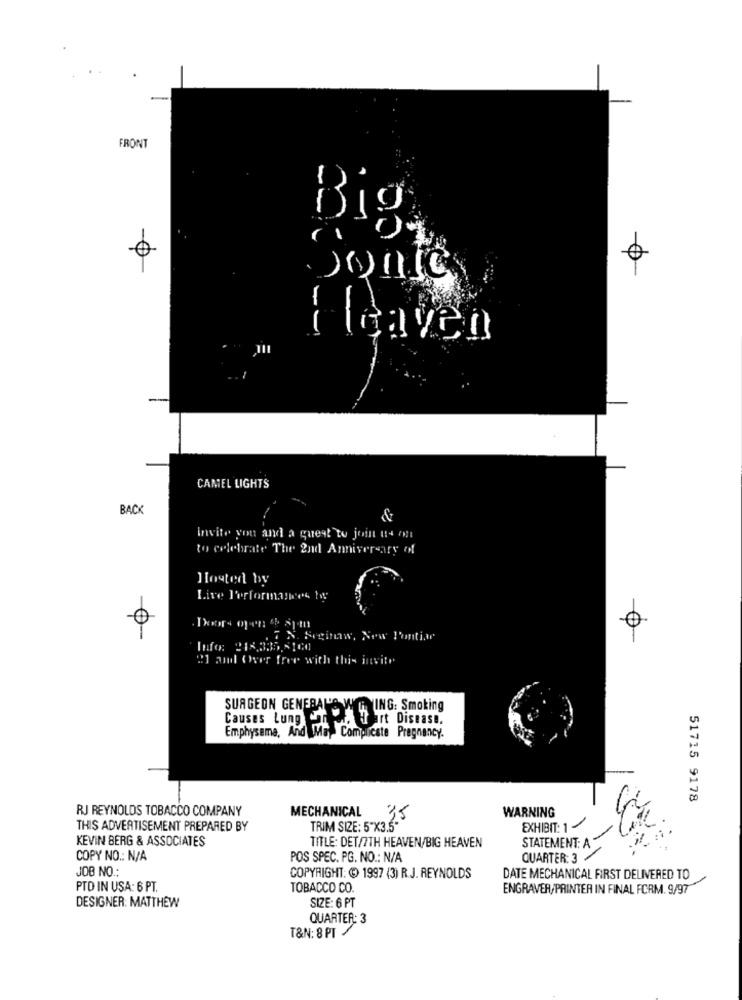
FRONT
1
0
DonIC
i leaven
--
CAMEL LIGHTS
BACK
invite you and a quest to join us on
to celebrate The 2nd Anniversary of
Hosted by
Live Performances by
0
.7 N. Seginaw, New Pontiar
Info: 213,335,5100
21 and Over free with this invite
SURGEON GENERALLO WU
YING: Smoking
Causes Lung
Hurt Disease.
Emphysema, And Ma Complicate Pregnancy.
51715 9178
RJ REYNOLDS TOBACCO COMPANY
MECHANICAL
WARNING
35
THIS ADVERTISEMENT PREPARED BY
TRIM SIZE: 5"X3.5"
EXHIBIT: 1 -
KEVIN BERG & ASSOCIATES
TITLE: DET/7TH HEAVEN/BIG HEAVEN
STATEMENT: A "
COPY NO .: N/A
POS SPEC. PG. NO .: N/A
QUARTER:3
JOB NO .:
COPYRIGHT: @ 1997 (3) R.J. REYNOLDS
DATE MECHANICAL FIRST DELIVERED TO
PTO IN USA: 6 PT.
TOBACCO CO
ENGRAVER/PRINTER IN FINAL FORM. 9/97
SIZE: 6 PT
DESIGNER: MATTHEW
QUARTER: 3
T&N: 8 PT